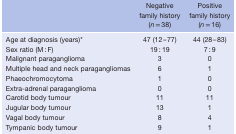
|  | Negative family history (n = 38) | Positive family history (n = 16) |
 | --- | --- | --- |
 | Age at diagnosis (years)* | 47 (12–77) | 44 (28–83) |
 | Sex ratio (M : F) | 19 : 19 | 7 : 9 |
 | Malignant paraganglioma | 3 | 0 |
 | Multiple head and neck paragangliomas | 6 | 1 |
 | Phaeochromocytoma | 1 | 0 |
 | Extra‐adrenal paraganglioma | 0 | 0 |
 | Carotid body tumour | 11 | 11 |
 | Jugular body tumour | 13 | 1 |
 | Vagal body tumour | 8 | 4 |
 | Tympanic body tumour | 9 | 1 |